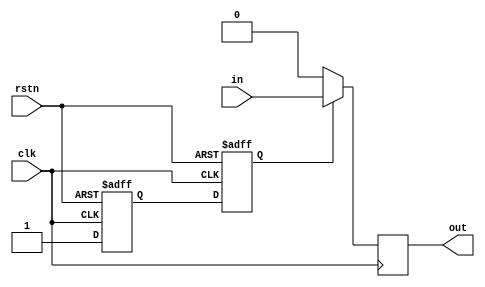
module reset_sync(
    input clk,rstn,
    input in,
    output  reg out);

reg q1, mrstn;



always@( posedge clk or negedge rstn)
begin
    if(!rstn) begin
        q1 <= 0;
        mrstn <= 0;
    end
    else begin
        q1 <= 1;
        mrstn <= q1;
    end
end

always@(posedge clk)
begin
    if(!mrstn)
        out <= 0;
    else
        out <= in;
end
endmodule